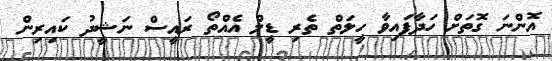
އޮންނަ ގޮތަށް ހަދާފައިވާ ހީލަތް ތެރި ޑީލް އެއްތޯ ރައީސް ނަޝީދު ކައިރިން